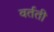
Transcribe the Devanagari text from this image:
वर्तती